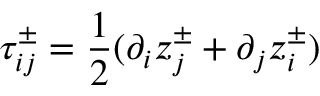
\tau _ { i j } ^ { \pm } = \frac { 1 } { 2 } ( \partial _ { i } z _ { j } ^ { \pm } + \partial _ { j } z _ { i } ^ { \pm } )